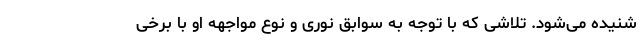
شنیده می‌شود. تلاشی که با توجه به سوابق نوری و نوع مواجهه او با برخی